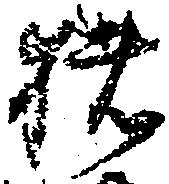
猪